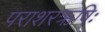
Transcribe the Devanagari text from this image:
पराशरऋषिः